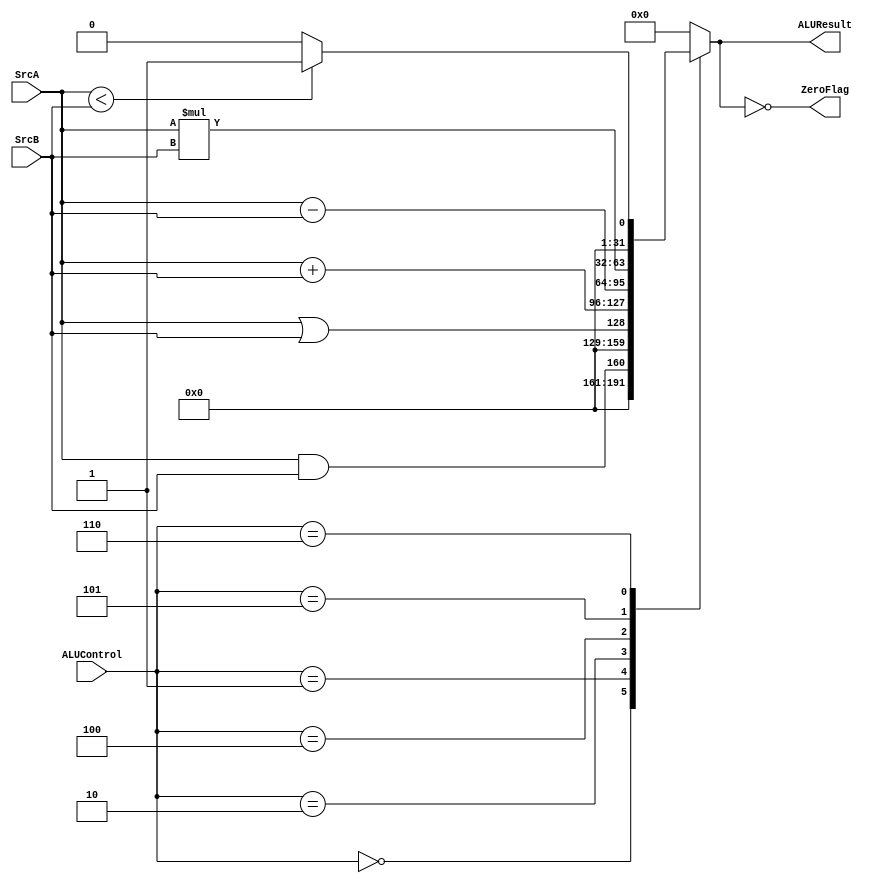
module MIPS_ALU #(parameter width = 32)
(
input wire 	[width-1:0] 	SrcA,		// INPUT SIZE ?? HANDLING CARRY
input wire 	[width-1:0] 	SrcB,		// INPUT SIZE ?? HANDLING CARRY
input wire 	[2:0]  	       	ALUControl,
output reg 	[width-1:0]  ALUResult,
output wire 					           ZeroFlag  // wire due to using in assign statement
);

always @ (*)
	begin
		case (ALUControl)
			3'b000: 
				begin
					ALUResult = SrcA && SrcB;	// LOGICAL AND OR BITWISE AND
				end
			3'b001:
				begin
					ALUResult = SrcA || SrcB;	// LOGICAL OR OR BITWISE AND
				end
			3'b010:
				begin
					ALUResult = SrcA + SrcB;
				end
			3'b100:
				begin
					ALUResult = SrcA - SrcB;
				end
			3'b101:
				begin
					ALUResult = SrcA * SrcB;
				end
			3'b110:
				begin
					if (SrcA < SrcB)
						ALUResult = 32'b1;
					else
						ALUResult = 32'b0;
				end
			default:
				begin
					ALUResult = 32'b0;			// value of ALUResult ??
				end
		endcase
	end
	

assign ZeroFlag = (ALUResult == 32'b0);

endmodule 

// what is the meaning of .. Dont register the output Y or the inputs A and B